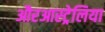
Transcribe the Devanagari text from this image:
औरआस्ट्रेलिया